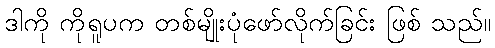
ဒါကို ကိုရူပက တစ်မျိုးပုံဖော်လိုက်ခြင်း ဖြစ် သည်။